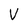
Character: V